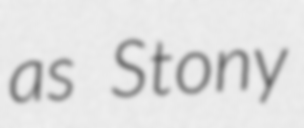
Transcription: as Stony